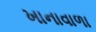
ખાનાવાળા